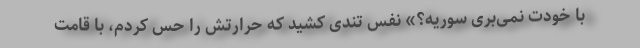
با خودت نمی‌بری سوریه؟» نفس تندی کشید که حرارتش را حس کردم، با قامت